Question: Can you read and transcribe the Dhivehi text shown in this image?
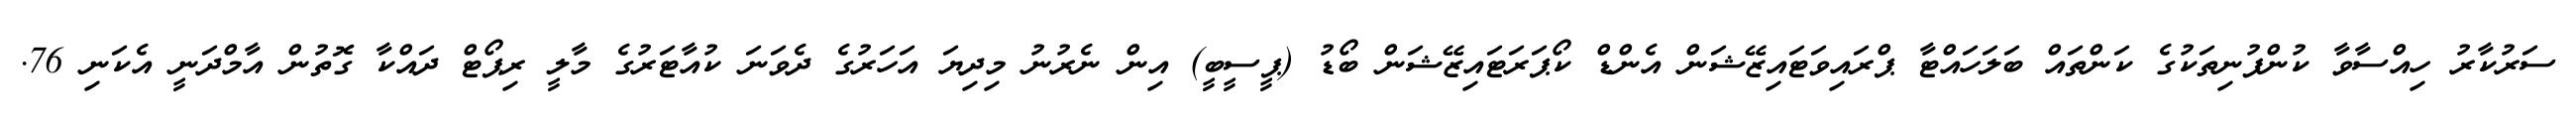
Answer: ސަރުކާރު ހިއްސާވާ ކުންފުނިތަކުގެ ކަންތައް ބަލަހައްޓާ ޕްރައިވަޓައިޒޭޝަން އެންޑް ކޯޕަރަޓައިޒޭޝަން ބޯޑު (ޕީސީބީ) އިން ނެރުނު މިދިޔަ އަހަރުގެ ދެވަނަ ކުއާޓަރުގެ މާލީ ރިޕޯޓް ދައްކާ ގޮތުން އާމްދަނީ އެކަނި 76.